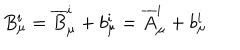
B _ { \mu } ^ { i } = { \overline { { B } } } _ { \mu } ^ { i } + b _ { \mu } ^ { i } = { \overline { { A } } } _ { \mu } ^ { i } + b _ { \mu } ^ { i }